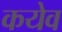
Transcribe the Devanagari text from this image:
कयेव